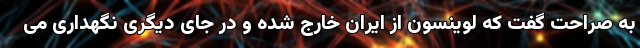
به صراحت گفت که لوینسون از ایران خارج شده و در جای دیگری نگهداری می